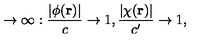
\rightarrow \infty : \frac { | \phi ( { \bf r } ) | } { c } \rightarrow 1 , \frac { | \chi ( { \bf r } ) | } { c ^ { \prime } } \rightarrow 1 ,